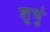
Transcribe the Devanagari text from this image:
शुभुं